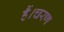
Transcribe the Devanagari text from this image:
हैं।चरण